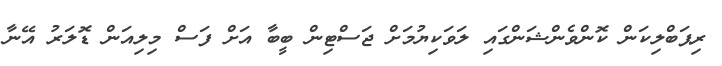
ރިޕަބްލިކަން ކޮންވެންޝަންގައި ލަވަކިޔުމަށް ޖަސްޓިން ބީބާ އަށް ފަސް މިލިއަން ޑޮލަރު އޭނާ